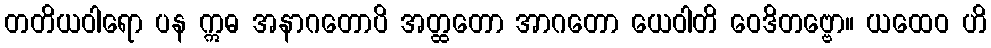
တတိယဝါရော ပန ဣဓ အနာဂတောပိ အတ္ထတော အာဂတော ယေဝါတိ ဝေဒိတဗ္ဗော။ ယထေဝ ဟိ